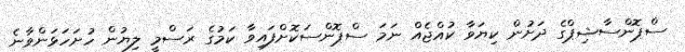
ސްޕޮންސާޝިޕްގެ ދަށުން ކިޔަވާ ކުއްޖެއް ނަމަ ސްޕޮންސަކޮށްފައިވާ ކަމުގެ ރަސްމީ ލިޔުން ހުށަހަޅަންވާނެ